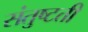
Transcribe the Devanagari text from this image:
संतुष्टती